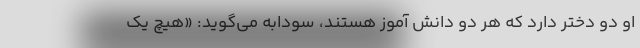
او دو دختر دارد که هر دو دانش آموز هستند، سودابه می‌گوید: «هیچ یک